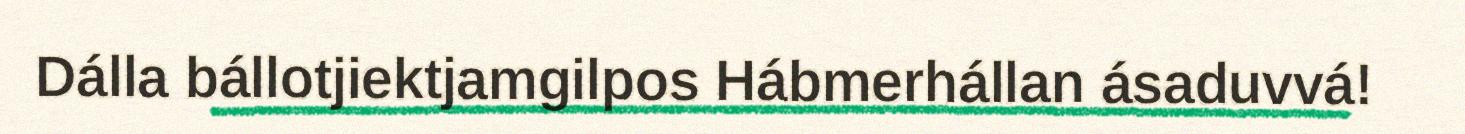
Dálla bállotjiektjamgilpos Hábmerhállan ásaduvvá!